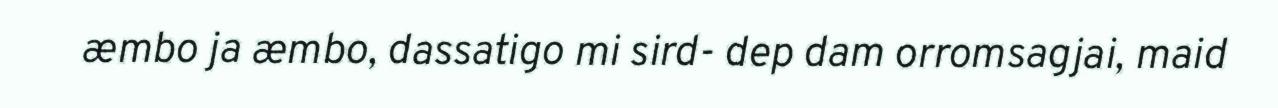
æmbo ja æmbo, dassatigo mi sird- dep dam orromsagjai, maid